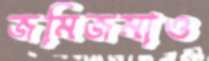
জমিজমাও